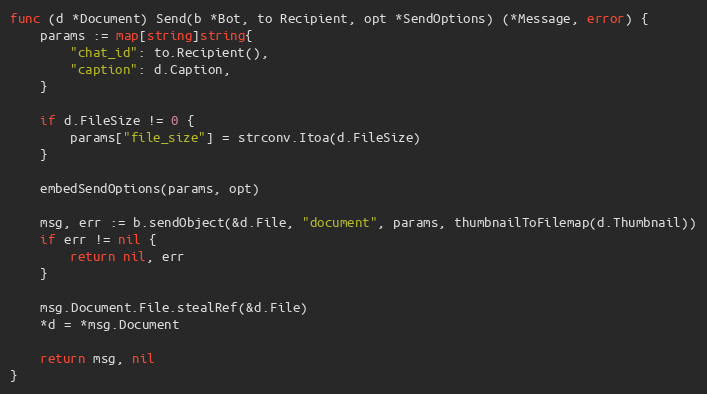
Language: Go
func (d *Document) Send(b *Bot, to Recipient, opt *SendOptions) (*Message, error) {
	params := map[string]string{
		"chat_id": to.Recipient(),
		"caption": d.Caption,
	}

	if d.FileSize != 0 {
		params["file_size"] = strconv.Itoa(d.FileSize)
	}

	embedSendOptions(params, opt)

	msg, err := b.sendObject(&d.File, "document", params, thumbnailToFilemap(d.Thumbnail))
	if err != nil {
		return nil, err
	}

	msg.Document.File.stealRef(&d.File)
	*d = *msg.Document

	return msg, nil
}